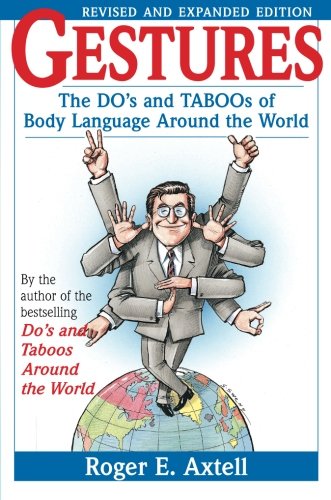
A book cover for Gestures: The Do's and Taboos of Body Language Around the World; Roger E. Axtell; Business & Money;